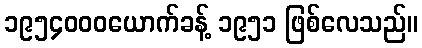
၁၉၅၄၀၀၀ယောက်ခန့် ၁၉၅၁ ဖြစ်လေသည်။